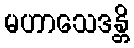
မဟာသေဒန္တိ